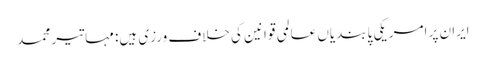
ایران پر امریکی پابندیاں عالمی قوانین کی خلاف ورزی ہیں: مہاتیر محمد